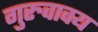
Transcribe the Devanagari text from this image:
गुरुवाक्य